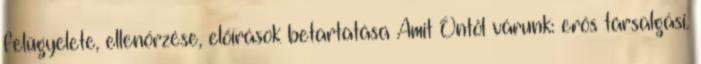
felügyelete, ellenőrzése, előírások betartatása Amit Öntől várunk: erős társalgási.